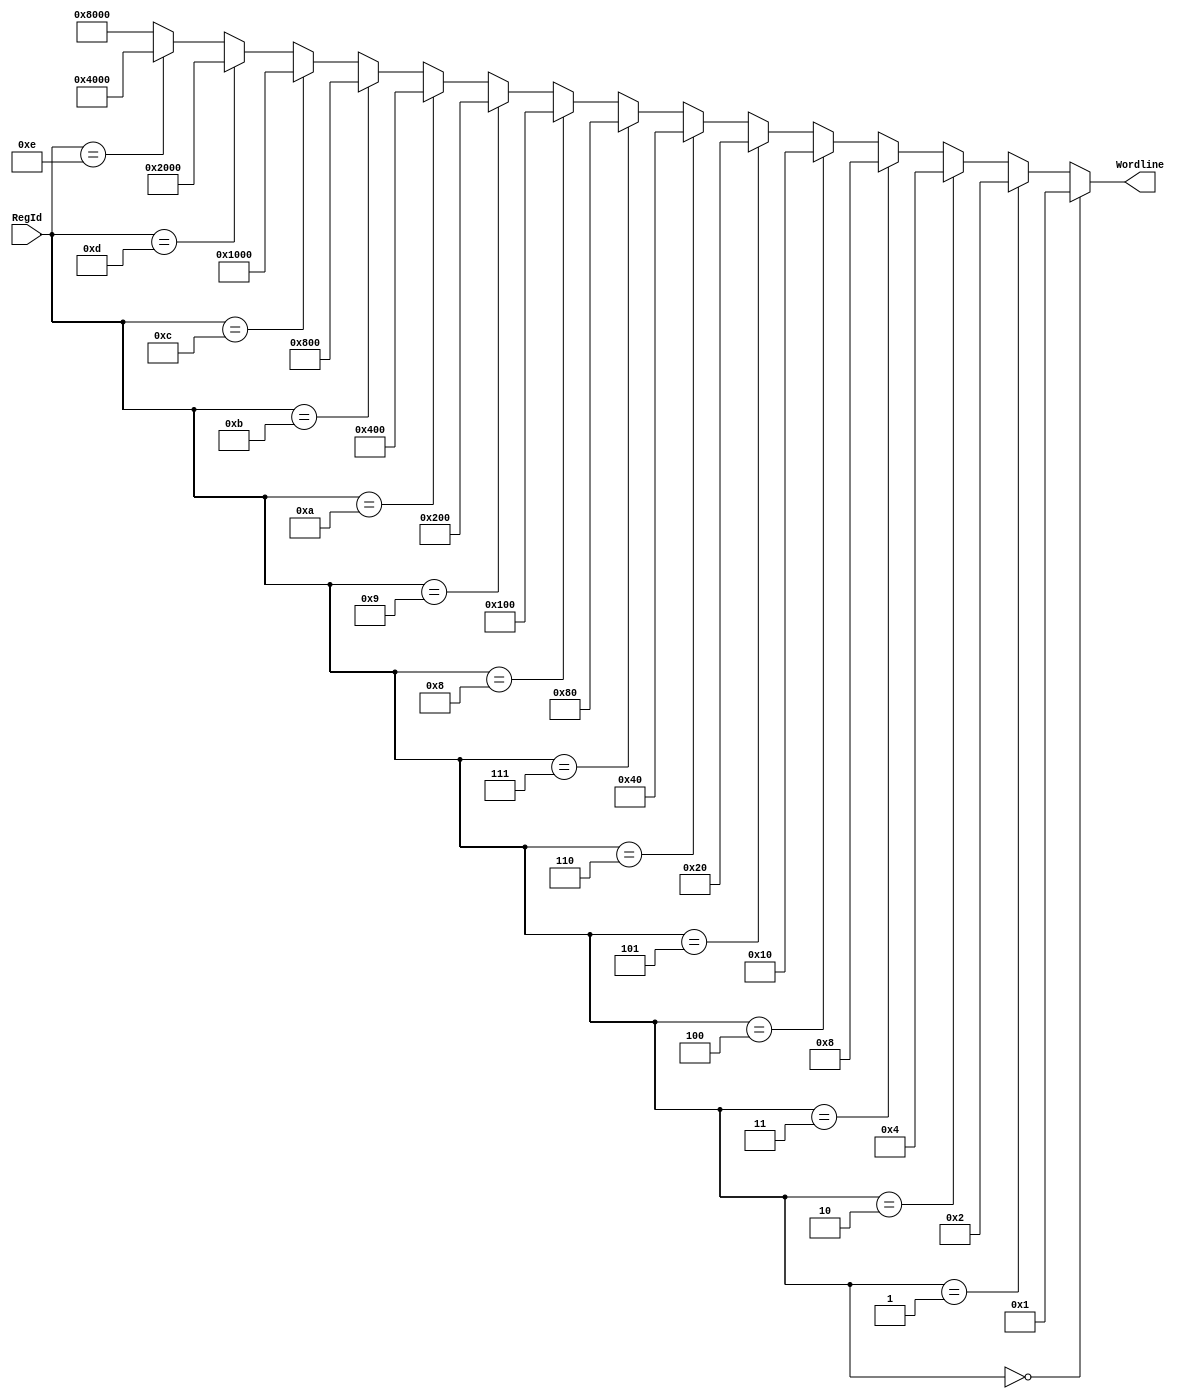
module ReadDecoder_4_16(input [3:0] RegId, output [15:0] Wordline);

assign Wordline = (RegId == 4'b0000) ? 16'h0001 :
		(RegId == 4'b0001) ? 16'h0002 :
		(RegId == 4'b0010) ? 16'h0004 :
		(RegId == 4'b0011) ? 16'h0008 :
		(RegId == 4'b0100) ? 16'h0010 :
		(RegId == 4'b0101) ? 16'h0020 :
		(RegId == 4'b0110) ? 16'h0040 :
		(RegId == 4'b0111) ? 16'h0080 :
		(RegId == 4'b1000) ? 16'h0100 :
		(RegId == 4'b1001) ? 16'h0200 :
		(RegId == 4'b1010) ? 16'h0400 :
		(RegId == 4'b1011) ? 16'h0800 :
		(RegId == 4'b1100) ? 16'h1000 :
		(RegId == 4'b1101) ? 16'h2000 :
		(RegId == 4'b1110) ? 16'h4000 : 16'h8000;	

endmodule